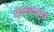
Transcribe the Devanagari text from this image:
दंतावाकाश